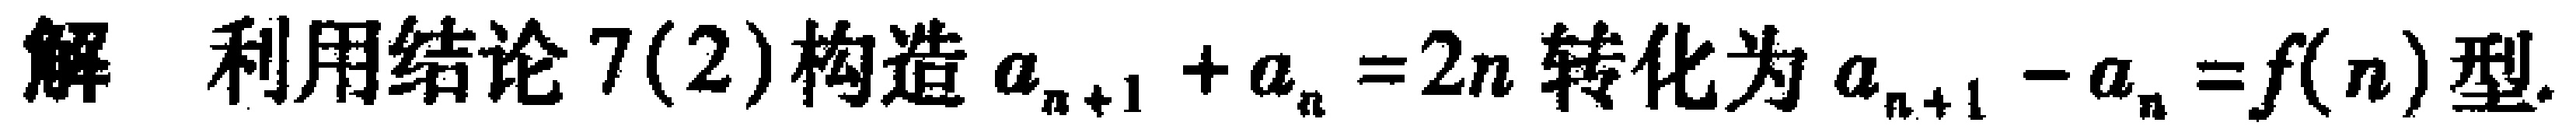
解 利用结论7(2)构造$a_{n + 1} + a_{n} = 2n$转化为$a_{n + 1} - a_{n} = f(n)$型.